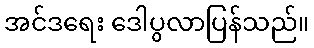
အင်ဒရေး ဒေါပွလာပြန်သည်။